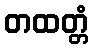
တထတ္တံ